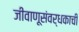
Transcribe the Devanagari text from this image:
जीवाणूसंवर्धकाची